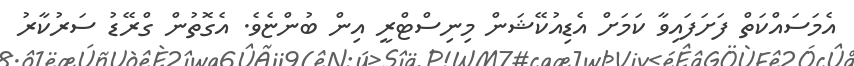
އެމަސައްކަތް ފަށަފައިވާ ކަމަށް އެޑިއުކޭޝަން މިނިސްޓްރީ އިން ބުންޏެވެ. އެގޮތުން ގްރޭޑު ސަރުކާރު